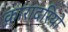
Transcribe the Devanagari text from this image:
क़ारादरियो